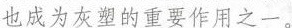
也成为灰望的重要作用之一。